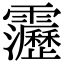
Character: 靋